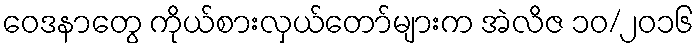
ဝေဒနာတွေ ကိုယ်စားလှယ်တော်များက အဲလိဇ ၁၀/၂၀၁၆